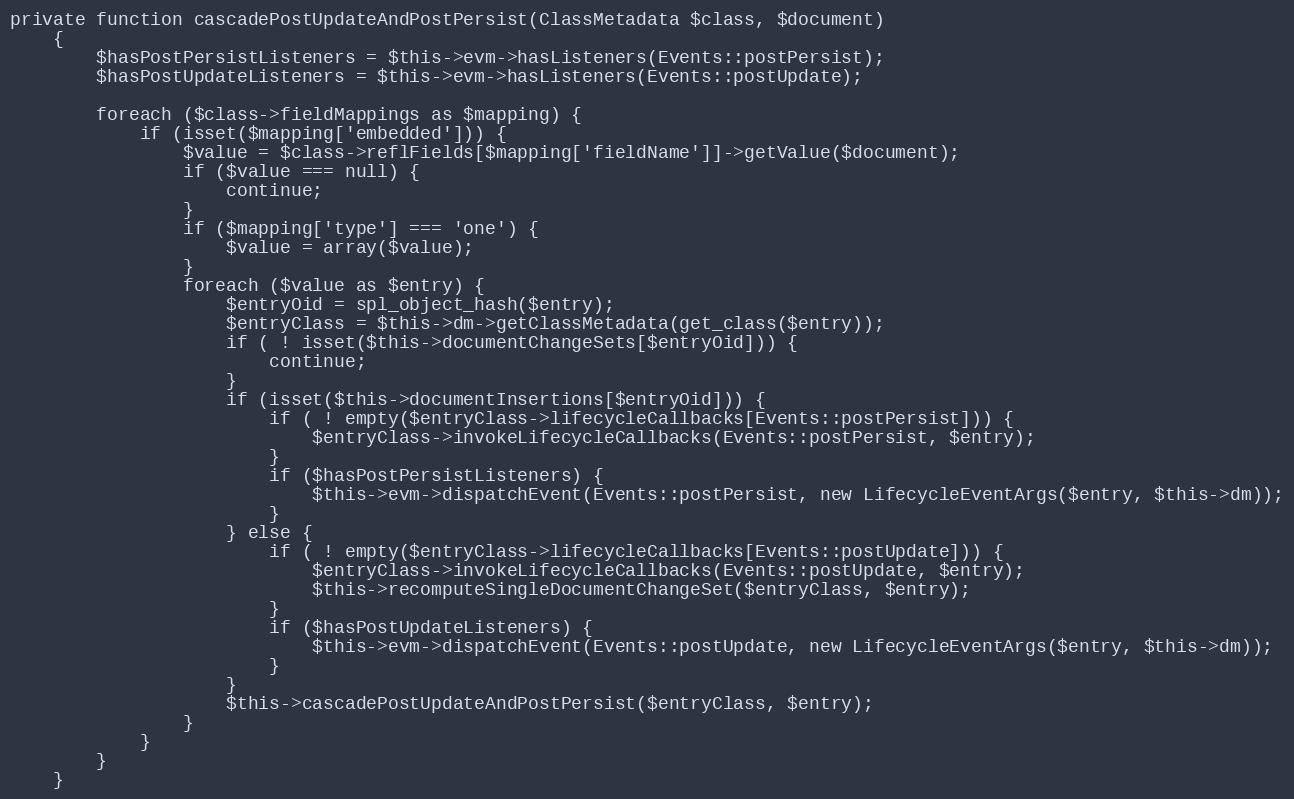
Language: PHP
private function cascadePostUpdateAndPostPersist(ClassMetadata $class, $document)
    {
        $hasPostPersistListeners = $this->evm->hasListeners(Events::postPersist);
        $hasPostUpdateListeners = $this->evm->hasListeners(Events::postUpdate);

        foreach ($class->fieldMappings as $mapping) {
            if (isset($mapping['embedded'])) {
                $value = $class->reflFields[$mapping['fieldName']]->getValue($document);
                if ($value === null) {
                    continue;
                }
                if ($mapping['type'] === 'one') {
                    $value = array($value);
                }
                foreach ($value as $entry) {
                    $entryOid = spl_object_hash($entry);
                    $entryClass = $this->dm->getClassMetadata(get_class($entry));
                    if ( ! isset($this->documentChangeSets[$entryOid])) {
                        continue;
                    }
                    if (isset($this->documentInsertions[$entryOid])) {
                        if ( ! empty($entryClass->lifecycleCallbacks[Events::postPersist])) {
                            $entryClass->invokeLifecycleCallbacks(Events::postPersist, $entry);
                        }
                        if ($hasPostPersistListeners) {
                            $this->evm->dispatchEvent(Events::postPersist, new LifecycleEventArgs($entry, $this->dm));
                        }
                    } else {
                        if ( ! empty($entryClass->lifecycleCallbacks[Events::postUpdate])) {
                            $entryClass->invokeLifecycleCallbacks(Events::postUpdate, $entry);
                            $this->recomputeSingleDocumentChangeSet($entryClass, $entry);
                        }
                        if ($hasPostUpdateListeners) {
                            $this->evm->dispatchEvent(Events::postUpdate, new LifecycleEventArgs($entry, $this->dm));
                        }
                    }
                    $this->cascadePostUpdateAndPostPersist($entryClass, $entry);
                }
            }
        }
    }